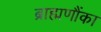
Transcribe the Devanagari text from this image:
ब्राह्मणौंका